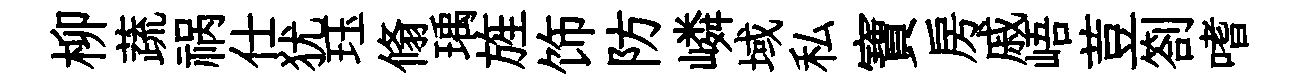
柳蔬祸仕犹珏翛瑀旌饰防嶙域私寶房戚峿荳劄嗜